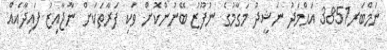
ނަމްބަރ3851 އަޙްމަދު ނަޝީދު މަގާމުގެ ނުފޫޒު ބޭނުންކޮށް ވަކި ފަރާތަކަށް ނާޖާއިޒު ފައިދާއެއް